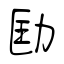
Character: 劻